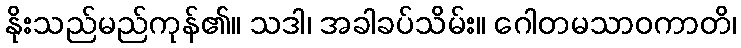
နိုးသည်မည်ကုန်၏။ သဒါ၊ အခါခပ်သိမ်း။ ဂေါတမသာဝကာတိ၊